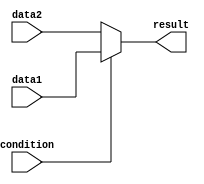
module if_else_ternary(
    input wire condition,
    input wire data1,
    input wire data2,
    output reg result
);

always @(*) begin
    result = (condition) ? data1 : data2;
end

endmodule